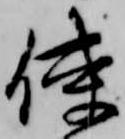
使